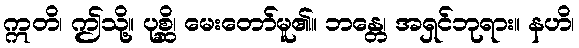
ဣတိ၊ ဤသို့။ ပုစ္ဆိ၊ မေးတော်မူ၏။ ဘန္တေ၊ အရှင်ဘုရား။ နဟိ၊